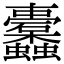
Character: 𮕛